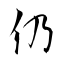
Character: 仍